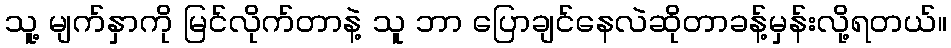
သူ့ မျက်နှာကို မြင်လိုက်တာနဲ့ သူ ဘာ ပြောချင်နေလဲဆိုတာခန့်မှန်းလို့ရတယ်။